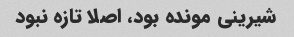
شیرینی مونده بود، اصلا تازه نبود